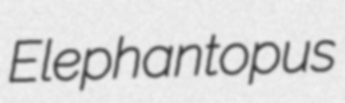
Elephantopus